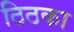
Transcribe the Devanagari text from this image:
ठिठका